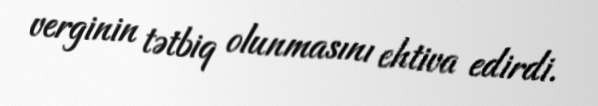
verginin tətbiq olunmasını ehtiva edirdi.